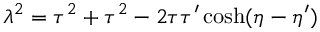
\lambda ^ { 2 } = \tau ^ { 2 } + \tau ^ { 2 } - 2 \tau \tau ^ { \prime } \cosh ( \eta - \eta ^ { \prime } )